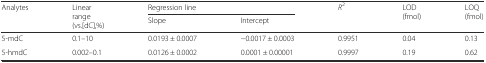
<table><thead><tr><td rowspan="2"><b>Analytes</b></td><td rowspan="2"><b>Linear range (vs.[dC],%)</b></td><td colspan="2"><b>Regression line</b></td><td rowspan="2"><b><i>R</i><sup>2</sup></b></td><td rowspan="2"><b>LOD (fmol)</b></td><td rowspan="2"><b>LOQ (fmol)</b></td></tr><tr><td><b>Slope</b></td><td><b>Intercept</b></td></tr></thead><tbody><tr><td>5-mdC</td><td>0.1–10</td><td>0.0193 ± 0.0007</td><td>−0.0017 ± 0.0003</td><td>0.9951</td><td>0.04</td><td>0.13</td></tr><tr><td>5-hmdC</td><td>0.002–0.1</td><td>0.0126 ± 0.0002</td><td>0.0001 ± 0.00001</td><td>0.9997</td><td>0.19</td><td>0.62</td></tr></tbody></table>